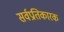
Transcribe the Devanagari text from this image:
सर्वप्रतिकारक